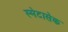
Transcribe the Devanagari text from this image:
स्मेटासेक